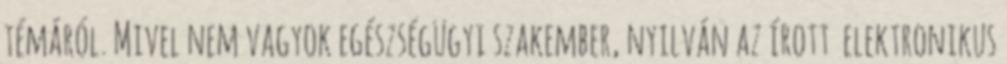
témáról. Mivel nem vagyok egészségügyi szakember, nyilván az írott elektronikus